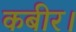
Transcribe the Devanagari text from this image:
कबीर।